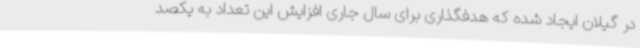
در گیلان ایجاد شده که هدفگذاری برای سال جاری افزایش این تعداد به یکصد